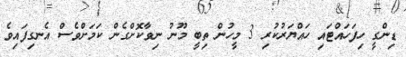
ޑިންގީ ހިފަހައްޓައި ހައްޔަރުކުރި 3 މީހުން ތިބީ މޫނު ނިވާކޮށްގެން ކަމަށްވެސް އެނގިފައިވެ